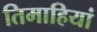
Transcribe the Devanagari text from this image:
तिमाहियां